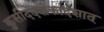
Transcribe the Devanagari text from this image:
कुसीददशैकादशात्